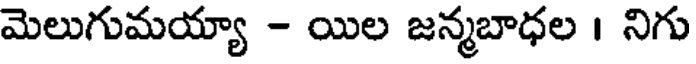
మెలుగుమయ్యా - యిల జన్మబాధల । నిగు